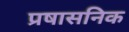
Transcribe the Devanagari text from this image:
प्रषासनिक